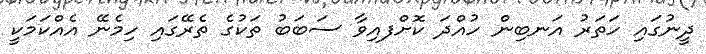
ދީނުގައި ހަތަރު އަނބިން ހުއްދަ ކޮށްފއިވާ ސަބަބު ތަކުގެ ތެރޭގައި ހިމެނޭ އެއްކަމަކީ